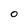
Character: O